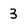
Character: 3